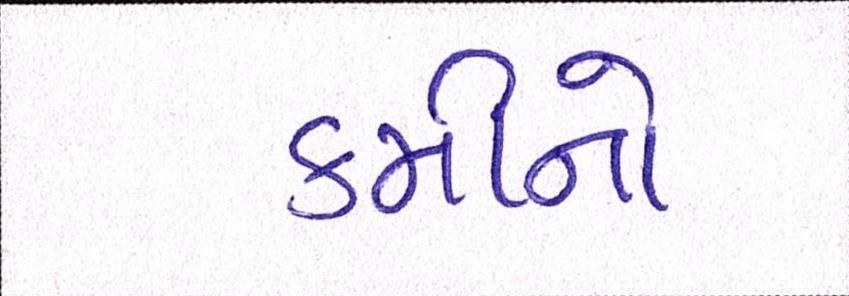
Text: કમીનો